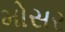
મોસર